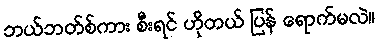
ဘယ်ဘတ်စ်ကား စီးရင် ဟိုတယ် ပြန် ရောက်မလဲ။